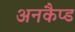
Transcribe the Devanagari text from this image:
अनकैप्ड